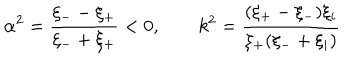
\alpha ^ { 2 } = \frac { \xi _ { -- } \xi _ { + } } { \xi _ { - } + \xi _ { + } } < 0 , \qquad k ^ { 2 } = \frac { ( \xi _ { + } - \xi _ { - } ) \xi _ { i } } { \xi _ { + } ( \xi _ { - } + \xi _ { i } ) }